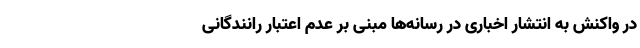
در واکنش به انتشار اخباری در رسانه‌ها مبنی بر عدم اعتبار رانندگانی